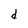
Character: d